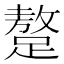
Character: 𨅚